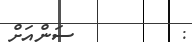
:         ސަންއަށް